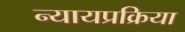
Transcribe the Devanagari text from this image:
न्यायप्रक्रिया